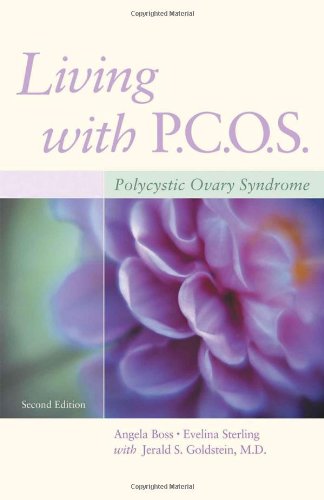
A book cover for Living with PCOS: Polycystic Ovary Syndrome; Angela Boss; Health, Fitness & Dieting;